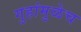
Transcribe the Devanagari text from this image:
गुहांमुळेच